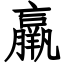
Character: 羸